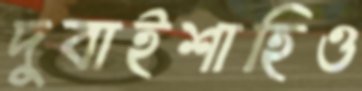
দুবাইশাহিও